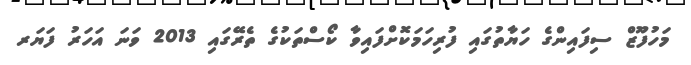
މަހުފޫޒް ސިފައިންގެ ހަޔާތުގައި ފުރިހަމަކޮށްފައިވާ ކޯސްތަކުގެ ތެރޭގައި 2013 ވަނަ އަހަރު ފަޔަރ